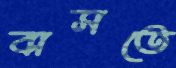
বাসতে